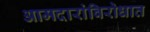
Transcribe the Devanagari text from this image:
आमदारांविरोधात